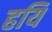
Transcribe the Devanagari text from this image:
हयि